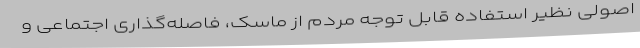
اصولی نظیر استفاده قابل توجه مردم از ماسک، فاصله‌گذاری اجتماعی و